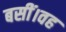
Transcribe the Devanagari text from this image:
बसीं।वह